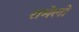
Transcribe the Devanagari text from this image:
रामेलो